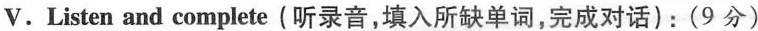
V. Listen and complete (听录音,填入所缺单词,完成对话):(9 分)